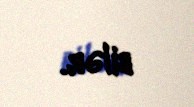
bilər.